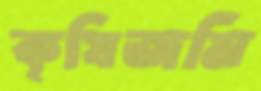
কৃষিজমি